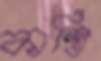
কাস্তি